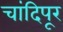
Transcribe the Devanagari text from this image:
चांदिपूर